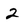
Character: 2